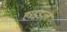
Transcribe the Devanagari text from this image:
हाइडल